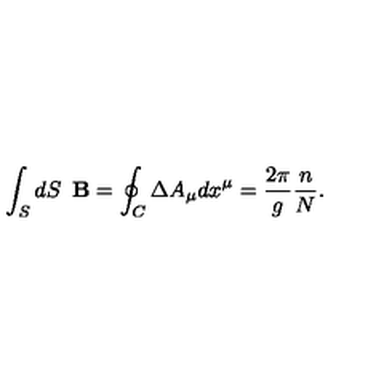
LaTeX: \int _ { S } d S \enspace { \bf B } = \oint _ { C } \Delta A _ { \mu } d x ^ { \mu } = \frac { 2 \pi } { g } \frac { n } { N } .